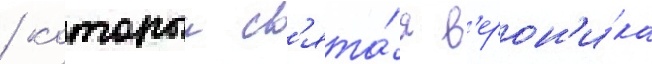
/ которыи св'ята́я в'ерон'и́ка